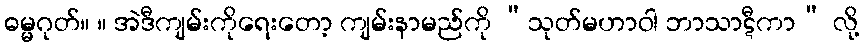
ဓမ္မဂုတ်။ ။ အဲဒီကျမ်းကိုရေးတော့ ကျမ်းနာမည်ကို “သုတ်မဟာဝါ ဘာသာဋီကာ” လို့